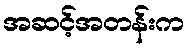
အဆင့်အတန်းက